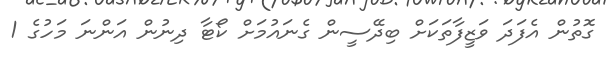
ގޮތުން އެފަދަ ވަޒީފާތަކަށް ބިދޭސީން ގެނައުމަށް ކޯޓާ ދިނުން އަންނަ މަހުގެ 1